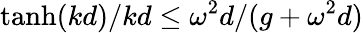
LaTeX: \operatorname{tanh}(kd)/kd\leq\omega^{2}d/(g+\omega^{2}d)